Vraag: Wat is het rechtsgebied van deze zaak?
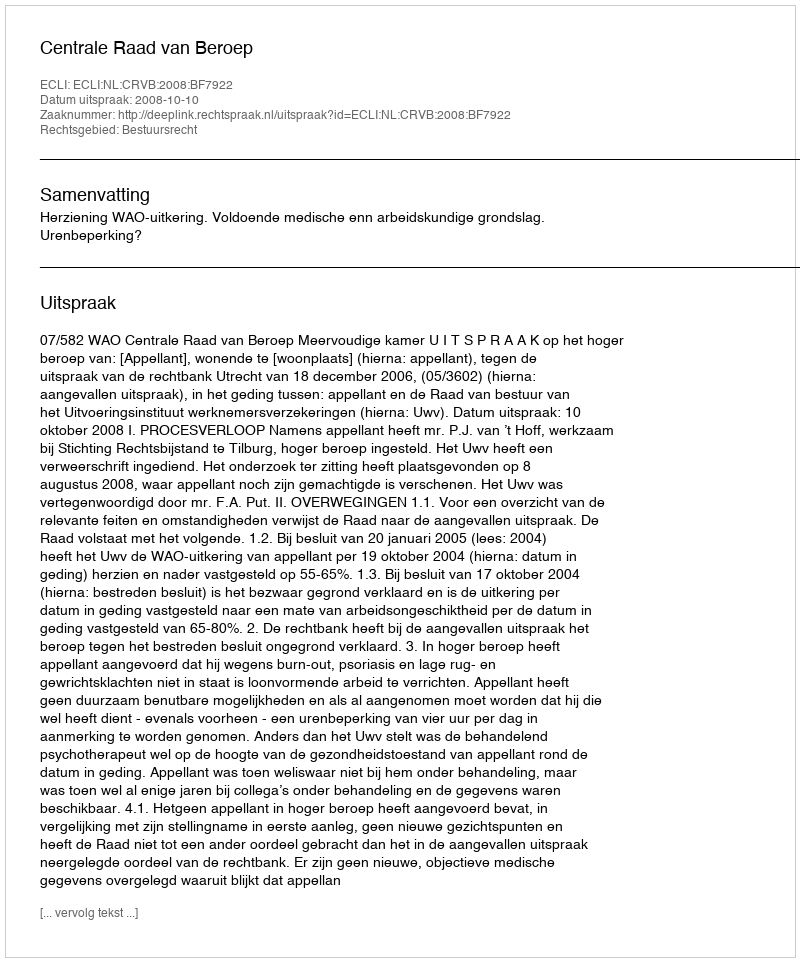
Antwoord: Bestuursrecht